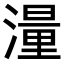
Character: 𪷑